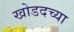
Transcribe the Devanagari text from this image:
खोडदच्या